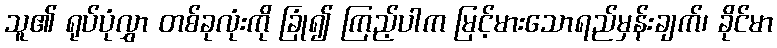
သူ၏ ရုပ်ပုံလွှာ တစ်ခုလုံးကို ခြုံ၍ ကြည့်ပါက မြင့်မားသောရည်မှန်းချက်၊ ခိုင်မာ